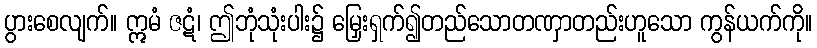
ပွားစေလျက်။ ဣမံ ဇဋံ၊ ဤဘုံသုံးပါး၌ မြှေးရှက်၍တည်သောတဏှာတည်းဟူသော ကွန်ယက်ကို။